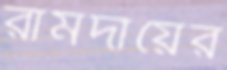
রামদায়ের